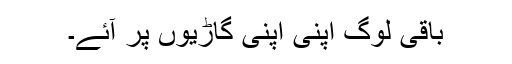
باقی لوگ اپنی اپنی گاڑیوں پر آئے۔